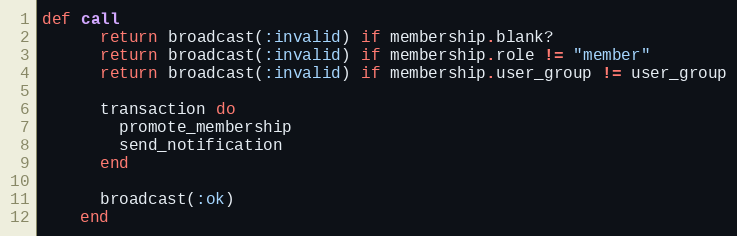
Language: Ruby
def call
      return broadcast(:invalid) if membership.blank?
      return broadcast(:invalid) if membership.role != "member"
      return broadcast(:invalid) if membership.user_group != user_group

      transaction do
        promote_membership
        send_notification
      end

      broadcast(:ok)
    end